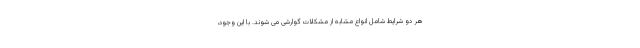
هر دو شرایط شامل انواع مشابه از مشکلات گوارشی می شوند. با این وجود،